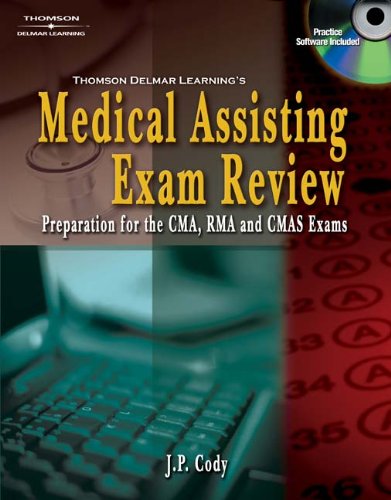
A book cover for Delmar's Medical Assisting Exam Review: Preparation for the CMA, RMA, and CMAS Exams (Medical Assisting Exam Review: Preparation for the CMA, Rma, & Cmas); J. P. Cody; Medical Books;